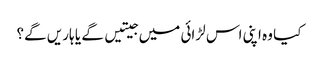
کیا وہ اپنی اس لڑائی میں جیتیں گے یا ہاریں گے؟